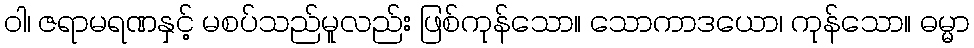
ဝါ၊ ဇရာမရဏနှင့် မစပ်သည်မူလည်း ဖြစ်ကုန်သော။ သောကာဒယော၊ ကုန်သော။ ဓမ္မာ